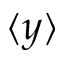
\langle y \rangle